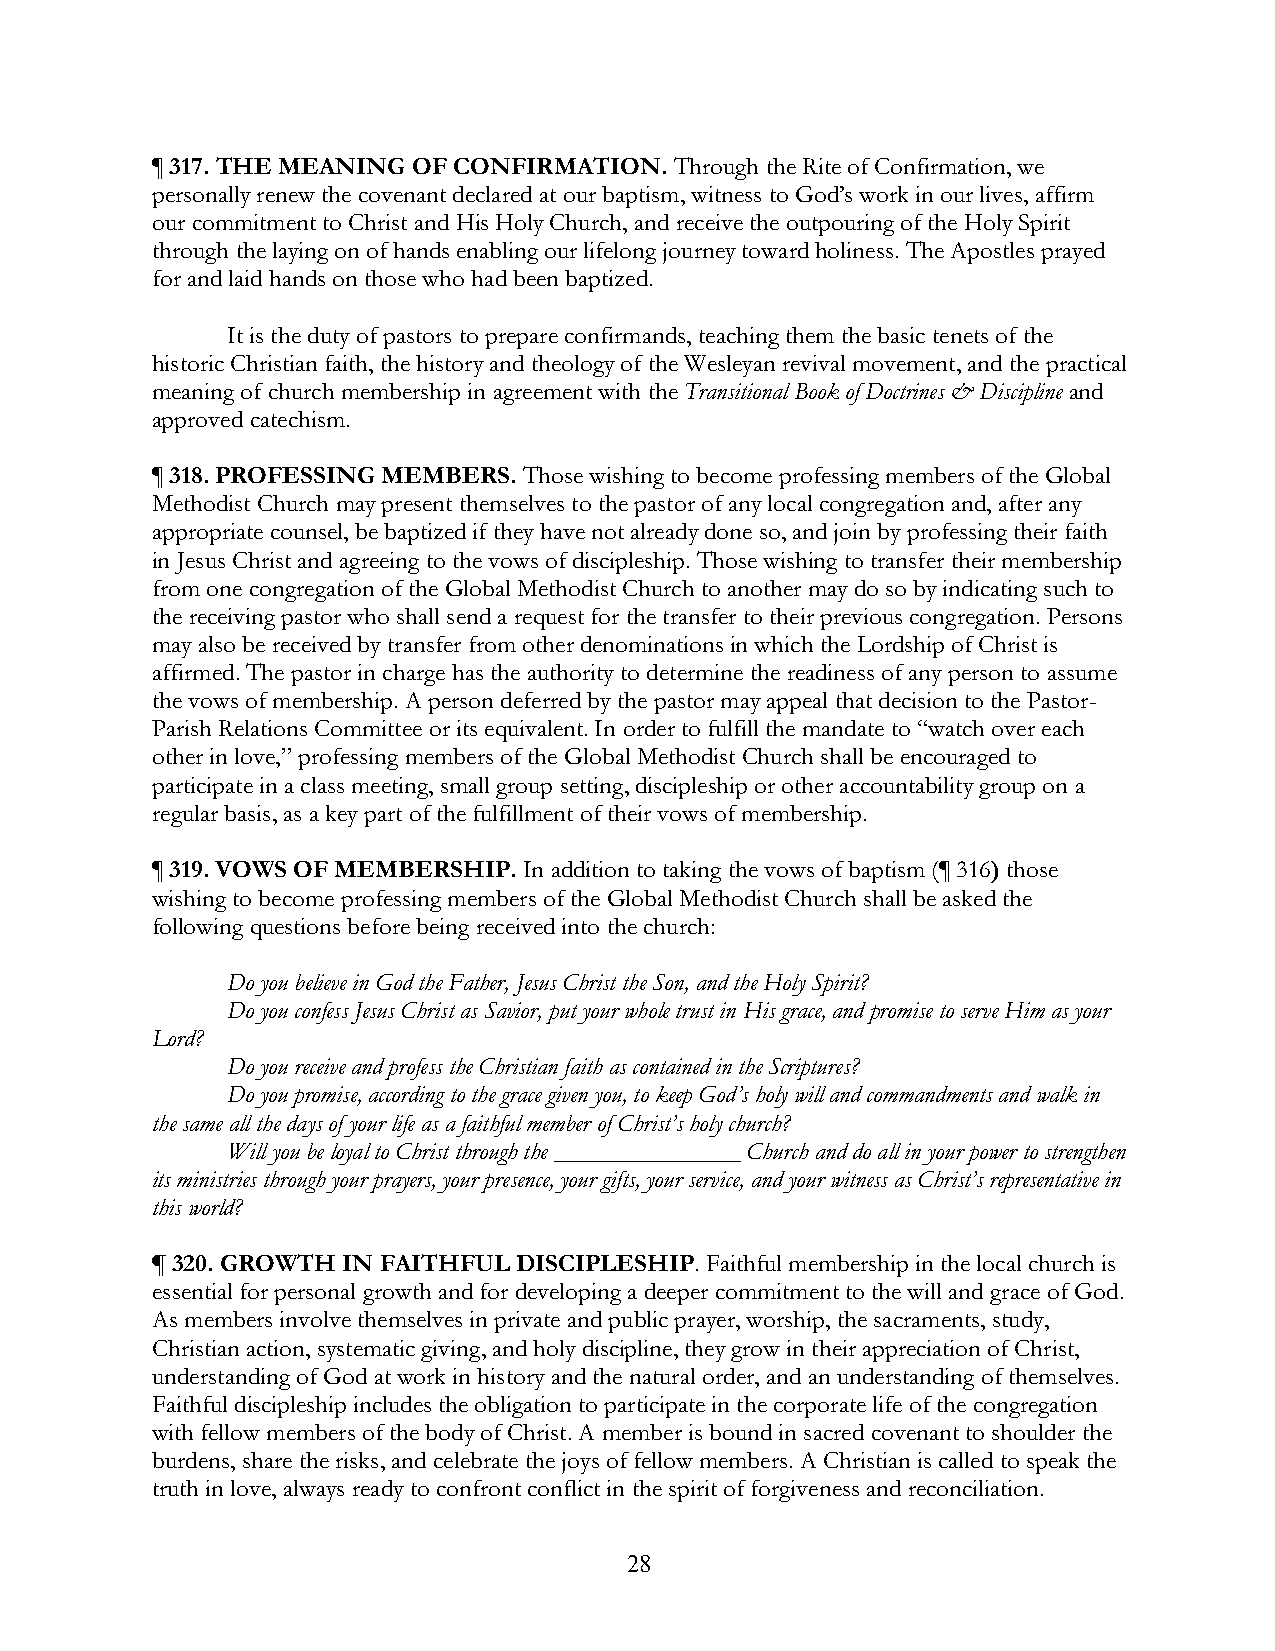
¶ 317. THE MEANING OF CONFIRMATION. Through the Rite of Confirmation, we
 personally renew the covenant declared at our baptism, witness to God’s work in our lives, affirm
 our commitment to Christ and His Holy Church, and receive the outpouring of the Holy Spirit
 through the laying on of hands enabling our lifelong journey toward holiness. The Apostles prayed
 for and laid hands on those who had been baptized.
 It is the duty of pastors to prepare confirmands, teaching them the basic tenets of the
 historic Christian faith, the history and theology of the Wesleyan revival movement, and the practical
 meaning of church membership in agreement with the Transitional Book of Doctrines & Discipline and
 approved catechism.
 ¶ 318. PROFESSING MEMBERS. Those wishing to become professing members of the Global
 Methodist Church may present themselves to the pastor of any local congregation and, after any
 appropriate counsel, be baptized if they have not already done so, and join by professing their faith
 in Jesus Christ and agreeing to the vows of discipleship. Those wishing to transfer their membership
 from one congregation of the Global Methodist Church to another may do so by indicating such to
 the receiving pastor who shall send a request for the transfer to their previous congregation. Persons
 may also be received by transfer from other denominations in which the Lordship of Christ is
 affirmed. The pastor in charge has the authority to determine the readiness of any person to assume
 the vows of membership. A person deferred by the pastor may appeal that decision to the Pastor-
 Parish Relations Committee or its equivalent. In order to fulfill the mandate to “watch over each
 other in love,” professing members of the Global Methodist Church shall be encouraged to
 participate in a class meeting, small group setting, discipleship or other accountability group on a
 regular basis, as a key part of the fulfillment of their vows of membership.
 ¶ 319. VOWS OF MEMBERSHIP. In addition to taking the vows of baptism (¶ 316) those
 wishing to become professing members of the Global Methodist Church shall be asked the
 following questions before being received into the church:
 Do you believe in God the Father, Jesus Christ the Son, and the Holy Spirit?
 Do you confess Jesus Christ as Savior, put your whole trust in His grace, and promise to serve Him as your
 Lord?
 Do you receive and profess the Christian faith as contained in the Scriptures?
 Do you promise, according to the grace given you, to keep God’s holy will and commandments and walk in
 the same all the days of your life as a faithful member of Christ’s holy church?
 Will you be loyal to Christ through the _______________ Church and do all in your power to strengthen
 its ministries through your prayers, your presence, your gifts, your service, and your witness as Christ’s representative in
 this world?
 ¶ 320. GROWTH IN FAITHFUL DISCIPLESHIP. Faithful membership in the local church is
 essential for personal growth and for developing a deeper commitment to the will and grace of God.
 As members involve themselves in private and public prayer, worship, the sacraments, study,
 Christian action, systematic giving, and holy discipline, they grow in their appreciation of Christ,
 understanding of God at work in history and the natural order, and an understanding of themselves.
 Faithful discipleship includes the obligation to participate in the corporate life of the congregation
 with fellow members of the body of Christ. A member is bound in sacred covenant to shoulder the
 burdens, share the risks, and celebrate the joys of fellow members. A Christian is called to speak the
 truth in love, always ready to confront conflict in the spirit of forgiveness and reconciliation.
 28